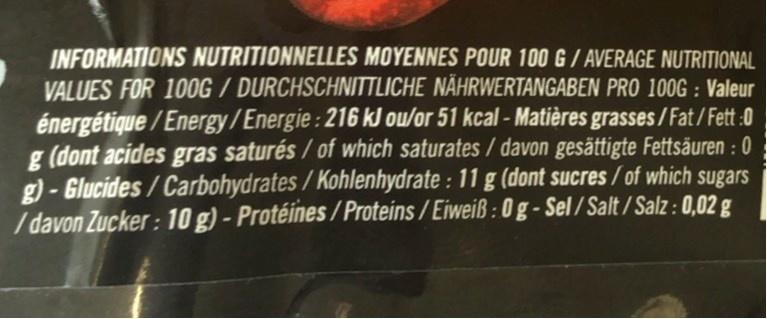
INFORMATIONS NUTRITIONNELLES MOYENNES POUR 100 G/ AVERAGE NUTRITIONAL VALUES FOR 100G / DURCHSCHNITTLICHE NÄHRWERTANGABEN PRO 100G : Valeur énergétique /Energy/Energie : 216 kJ ou/or 51 kcal - Matières grasses/Fat/Fett:0 g (dont acides gras saturés / of which saturates / davon gesättigte Fettsäuren : 0 g) - Glucides/Carbohydrates/ Kohlenhydrate : 11 g (dont sucres / of which sugars / davon Zucker: 10 g) - Protéines / Proteins / Eiweiß : 0 g- Sel/Salt / Salz : 0,02 g